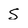
Character: S